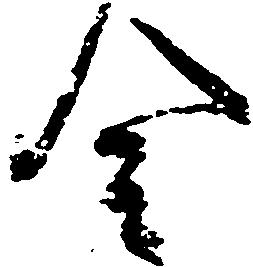
令